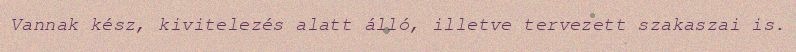
Vannak kész, kivitelezés alatt álló, illetve tervezett szakaszai is.